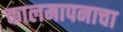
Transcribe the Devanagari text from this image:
कालमापनाचा